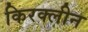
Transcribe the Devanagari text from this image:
किरक्लीन